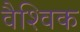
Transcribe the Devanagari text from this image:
वैश्‍िवक